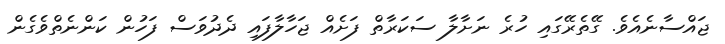
ޖައްސާނެއެވެ. ގޭތެރޭގައި ހުރެ ނަށާލާ ސަކަރާތް ފަށެއް ޖަހާލާފައި ދެދުވަސް ފަހުން ކަންނެތްވެގެން